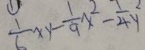
\frac { 1 } { 6 } x y - \frac { 1 } { 9 } x ^ { 2 } - \frac { 1 } { 4 } y ^ { 2 }